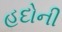
હદોની